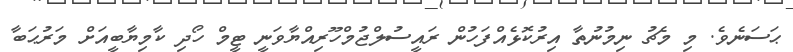
ޙަސަނެވެ. މި މެޗު ނިމުނުތާ އިރުކޮޅެއްފަހުން ރައީސުލްޖުމްހޫރިއްޔާވަނީ ޓީމް ހޯދި ކާމިޔާބީއަށް މަރުޙަބާ